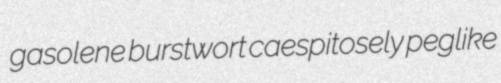
gasolene burstwort caespitosely peglike